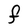
Character: F